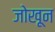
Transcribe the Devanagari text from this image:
जोखून